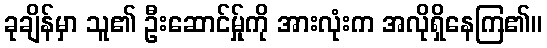
ခုချိန်မှာ သူ၏ ဦးဆောင်မ်ှုကို အားလုံးက အလိုရှိနေကြ၏။